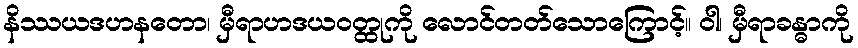
နိဿယဒဟနတော၊ မှီရာဟဒယဝတ္ထုကို လောင်တတ်သောကြောင့်။ ဝါ၊ မှီရာခန္ဓာကို